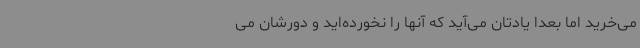
می‌خرید اما بعداً یادتان می‌آید که آنها را نخورده‌اید و دورشان می